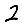
Digit: 2